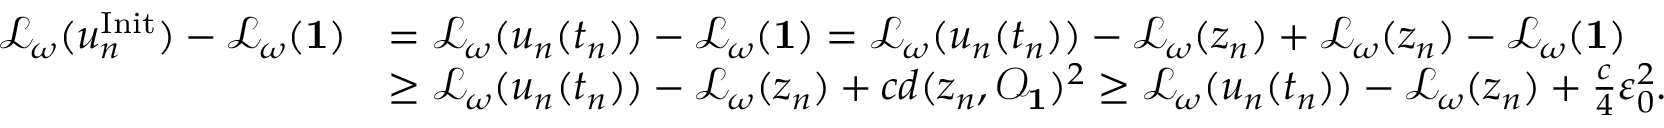
\begin{array} { r l } { \mathscr { L } _ { \omega } ( u _ { n } ^ { \mathrm { I n i t } } ) - \mathscr { L } _ { \omega } ( \mathbf 1 ) } & { = \mathscr { L } _ { \omega } ( u _ { n } ( t _ { n } ) ) - \mathscr { L } _ { \omega } ( \mathbf 1 ) = \mathscr { L } _ { \omega } ( u _ { n } ( t _ { n } ) ) - \mathscr { L } _ { \omega } ( z _ { n } ) + \mathscr { L } _ { \omega } ( z _ { n } ) - \mathscr { L } _ { \omega } ( \mathbf 1 ) } \\ & { \ge \mathscr { L } _ { \omega } ( u _ { n } ( t _ { n } ) ) - \mathscr { L } _ { \omega } ( z _ { n } ) + c d ( z _ { n } , { \mathscr O _ { \mathbf 1 } } ) ^ { 2 } \ge \mathscr { L } _ { \omega } ( u _ { n } ( t _ { n } ) ) - \mathscr { L } _ { \omega } ( z _ { n } ) + \frac { c } { 4 } \varepsilon _ { 0 } ^ { 2 } . } \end{array}